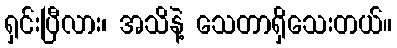
ရှင်းပြီလား၊ အသိနဲ့ သေတာရှိသေးတယ်။